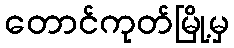
တောင်ကုတ်မြို့မှ